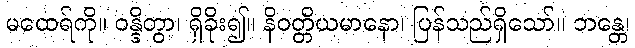
မထေရ်ကို။ ဝန္ဒိတွာ၊ ရှိခိုး၍။ နိဝတ္တိယမာနော၊ ပြန်သည်ရှိသော်။ ဘန္တေ၊